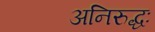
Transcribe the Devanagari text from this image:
अनिरुद्धः